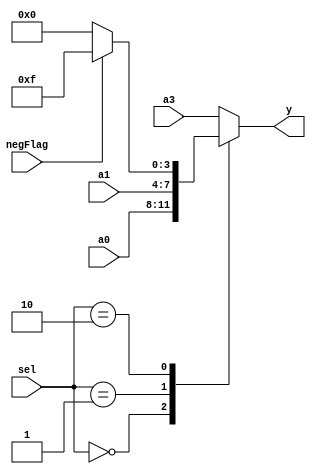
`timescale 1ns / 1ps
//////////////////////////////////////////////////////////////////////////////////
// Company: 
// 
// Design Name: 
// Module Name: Mux4to1_s
// Project Name: 
// Target Devices: 
// Tool Versions: 
// Description: uses counter to cycle the bcd outputs for seven segement display, 4th display is always off, 3rd display is 0 or - only 
// 
// Dependencies: 
// 
// Revision:
// Revision 0.01 - File Created
// Additional Comments:
// 
//////////////////////////////////////////////////////////////////////////////////


module Mux4to1_s(y, a0, a1, negFlag, a3, sel);

    input [3:0] a0, a1, a3;                                 
    input [1:0] sel;                                    //selector 
    input negFlag; 

    output reg [3:0] y; 
    reg [3:0] a2; 

    always @(sel or a0 or a1 or a2 or a3 or negFlag) begin
        case (sel)
            2'b00 : y = a0; 
            2'b01 : y = a1;
            2'b10 : begin                               //this is the neg sign
                if(negFlag)begin
                    a2 = 4'b1111; 
                end
                else begin
                    a2 = 4'b0000; 
                end
                y = a2; 
            end                                        
            default: 
            y = a3;                                     //Off display
        endcase
    end

endmodule